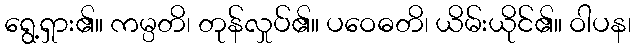
ရွေ့ရှား၏။ ကမ္ပတိ၊ တုန်လှုပ်၏။ ပဝေဓတိ၊ ယိမ်းယိုင်၏။ ဝါပန၊